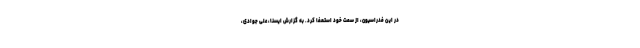
در این فدراسیون، از سمت خود استعفا کرد. به گزارش ایسنا، علی جوادی،